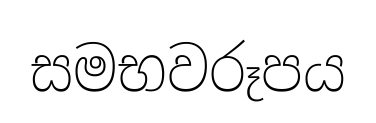
සමභවරූපය